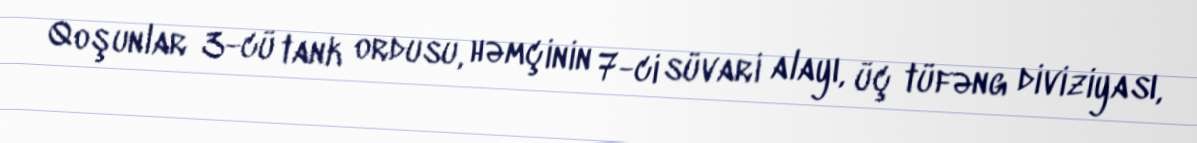
Qoşunlar 3-cü tank ordusu, həmçinin 7-ci süvari alayı, üç tüfəng diviziyası,